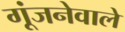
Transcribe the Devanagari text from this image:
गूंजनेवाले